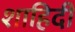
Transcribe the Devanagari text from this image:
शाहिदी